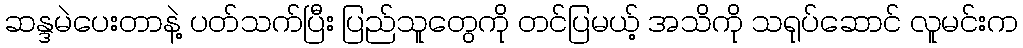
ဆန္ဒမဲပေးတာနဲ့ ပတ်သက်ပြီး ပြည်သူတွေကို တင်ပြမယ့် အသိကို သရုပ်ဆောင် လူမင်းက